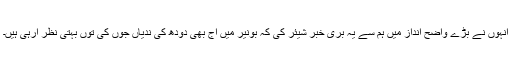
انہوں نے بڑے واضح انداز میں ہم سے یہ بُری خبر شیئر کی کہ بونیر میں آج بھی دودھ کی ندیاں جوں کی توں بہتی نظر آرہی ہیں۔